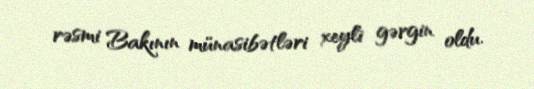
rəsmi Bakının münasibətləri xeyli gərgin oldu.